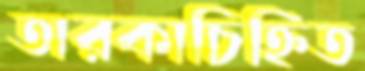
তারকাচিহ্নিত